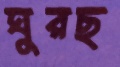
ঘুরছ